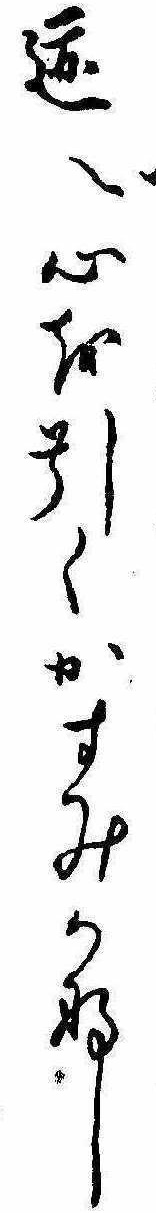
跡へ心を引くかすみかな